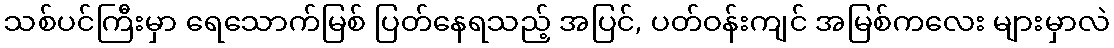
သစ်ပင်ကြီးမှာ ရေသောက်မြစ် ပြတ်နေရသည့် အပြင်, ပတ်ဝန်းကျင် အမြစ်ကလေး များမှာလဲ